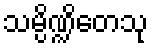
သမ္ပိဏ္ဍိတေသု